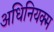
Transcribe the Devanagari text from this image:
अधिनियक्म